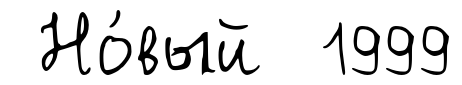
Но́вый 1999